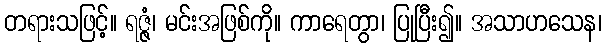
တရားသဖြင့်။ ရဇ္ဇံ၊ မင်းအဖြစ်ကို။ ကာရေတွာ၊ ပြုပြီး၍။ အသာဟသေန၊